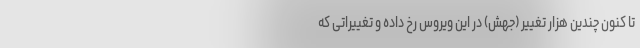
تا کنون چندین هزار تغییر (جهش) در این ویروس رخ داده و تغییراتی که